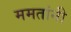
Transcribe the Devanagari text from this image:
ममतांनी